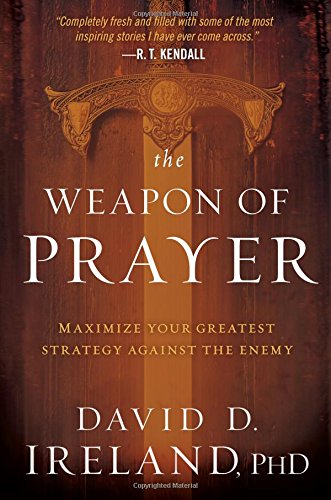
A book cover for The Weapon of Prayer: Maximize Your Greatest Strategy Against the Enemy; David Ireland PhD; Christian Books & Bibles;